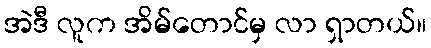
အဲဒီ လူက အိမ်တောင်မှ လာ ရှာတယ်။